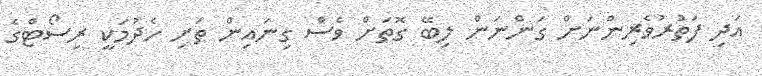
އަދި ފަތުރުވެރިންނަށް ގަންނަން ލިބޭ ގޮތަށް ވެސް ގިނައިން ތަށި ހެދުމަކީ ރިސޯޓްގެ